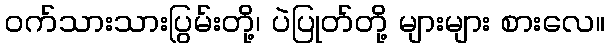
ဝက်သားသားပြွမ်းတို့၊ ပဲပြုတ်တို့ များများ စားလေ။